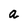
Character: a